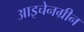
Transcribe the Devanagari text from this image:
आइचेनग्रीन